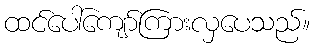
ထင်ပေါ်ကျော်ကြားလှပေသည်။